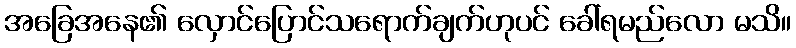
အခြေအနေ၏ လှောင်ပြောင်သရောက်ချက်ဟုပင် ခေါ်ရမည်လော မသိ။